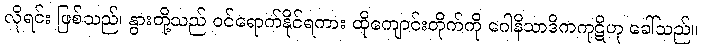
လိုရင်း ဖြစ်သည်၊ နွားတို့သည် ဝင်ရောက်နိုင်ရကား ထိုကျောင်းတိုက်ကို ဂေါနိသာဒိကကုဋိဟု ခေါ်သည်။